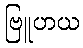
ဗြူဟယ